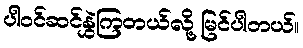
ပါဝင်ဆင်နွှဲကြတယ်လို့ မြင်ပါတယ်။